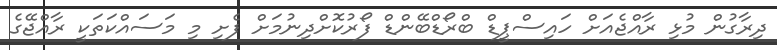
ދިރާގުން މުޅި ރާއްޖެއަށް ހައިސްޕީޑް ބްރޯޑްބޭންޑް ފޯރުކޮށްދިނުމަށް ފެށި މި މަސައްކަތަކީ ރާއްޖޭގެ